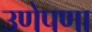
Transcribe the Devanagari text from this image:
उणेपणा